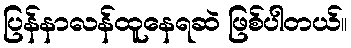
ပြန်နာလန်ထူနေရဆဲ ဖြစ်ပါတယ်။